Report on sanitation, dispensaries, and jails in Rajputana for 1909, and on vaccination for the year 1909-1910 - 1909-1910
Year: 1909
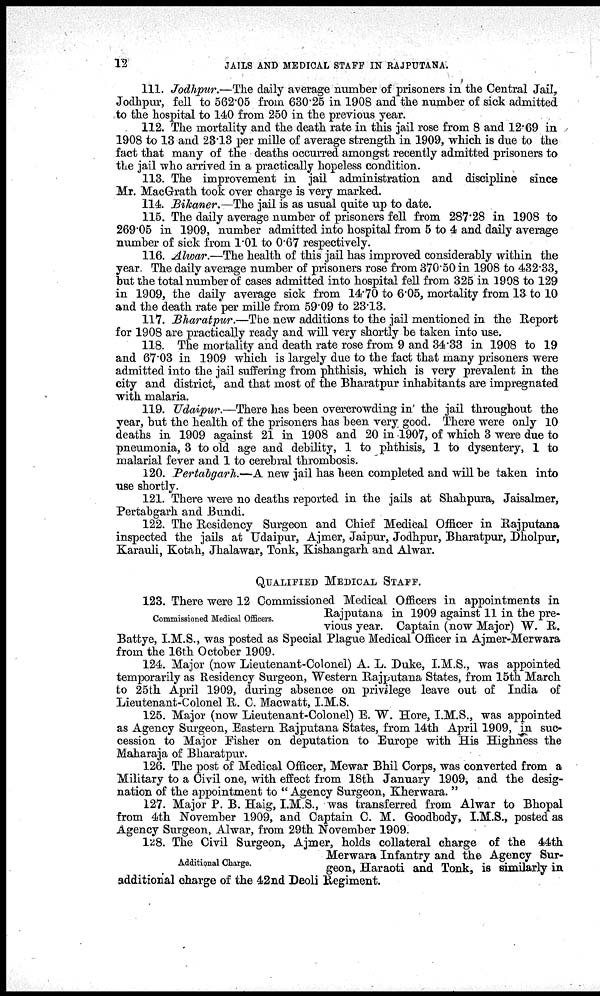
12
JAILS AND MEDICAL STAFF IN RAJPUTANA.
111. Jodhpur.—The daily average number of prisoners in the Central Jail,
Jodhpur, fell to 562.05 from 630.25 in 1908 and the number of sick admitted
to the hospital to 140 from 250 in the previous year.
112. The mortality and the death rate in this jail rose from 8 and 12.69 in
1908 to 13 and 23.13 per mille of average strength in 1909, which is due to the
fact that many of the deaths occurred amongst recently admitted prisoners to
the jail who arrived in a practically hopeless condition.
113. The improvement in jail administration and discipline since
Mr. MacGrath took over charge is very marked.
114. Bikaner.—The jail is as usual quite up to date.
115. The daily average number of prisoners fell from 287.28 in 1908 to
269.05 in 1909, number admitted into hospital from 5 to 4 and daily average
number of sick from 1.01 to 0.67 respectively.
116. Alwar.—The health of this jail has improved considerably within the
year. The daily average number of prisoners rose from 370.50 in 1908 to 432.33,
but the total number of cases admitted into hospital fell from 325 in 1908 to 129
in 1909, the daily average sick from 14.70 to 6.05, mortality from 13 to 10
and the death rate per mille from 59.09 to 23.13.
117. Bharatpur.—The new additions to the jail mentioned in the Report
for 1908 are practically ready and will very shortly be taken into use.
118. The mortality and death rate rose from 9 and 34.33 in 1908 to 19
and 67.03 in 1909 which is largely due to the fact that many prisoners were
admitted into the jail suffering from phthisis, which is very prevalent in the
city and district, and that most of the Bharatpur inhabitants are impregnated
with malaria.
119. Udaipur.—There has been overcrowding in the jail throughout the
year, but the health of the prisoners has been very good. There were only 10
deaths in 1909 against 21 in 1908 and 20 in 1907, of which 3 were due to
pneumonia, 3 to old age and debility, 1 to phthisis, 1 to dysentery, 1 to
malarial fever and 1 to cerebral thrombosis.
120. Pertdbgarh.—A new jail has been completed and will be taken into
use shortly.
121. There were no deaths reported in the jails at Shahpura, Jaisalmer,
Pertabgarh and Bundi.
122. The Residency Surgeon and Chief Medical Officer in Rajputana
inspected the jails at Udaipur, Ajmer, Jaipur, Jodhpur, Bharatpur, Dholpur,
Karauli, Kotah, Jhalawar, Tonk, Kishangarh and Alwar.
QUALIFIED MEDICAL STAFF.
Commissioned Medical Officers.
123. There were 12 Commissioned Medical Officers in appointments in
Rajputana in 1909 against 11 in the pre-
vious year. Captain (now Major) W. R.
Battye, I.M.S., was posted as Special Plague Medical Officer in Ajmer-Merwara
from the 16th October 1909.
124. Major (now Lieutenant-Colonel) A. L. Duke, I.M.S., was appointed
temporarily as Residency Surgeon, Western Rajputana States, from 15th March
to 25th April 1909, during absence on privilege leave out of India of
Lieutenant-Colonel R. C. Macwatt, I.M.S.
125. Major (now Lieutenant-Colonel) E. W. Hore, I.M.S., was appointed
as Agency Surgeon, Eastern Rajputana States, from 14th April 1909, in suc-
cession to Major Fisher on deputation to Europe with His Highness the
Maharaja of Bharatpur.
126. The post of Medical Officer, Mewar Bhil Corps, was converted from a
Military to a Civil one, with effect from 18th January 1909, and the desig-
nation of the appointment to " Agency Surgeon, Kherwara. "
127. Major P. B. Haig, I.M.S., was transferred from Alwar to Bhopal
from 4th November 1909, and Captain C. M. Goodbody, I.M.S., posted as
Agency Surgeon, Alwar, from 29th November 1909.
Additional Charge.
128. The Civil Surgeon, Ajmer, holds collateral charge of the 44th
Merwara Infantry and the Agency Sur-
geon, Haraoti and Tonk, is similarly in
additional charge of the 42nd Deoli Regiment.